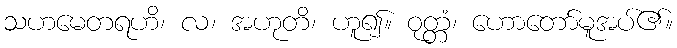
သဟမေတရဟိ၊ လ၊ အဟုတိ၊ ဟူ၍။ ဝုတ္တံ၊ ဟောတော်မူအပ်၏။